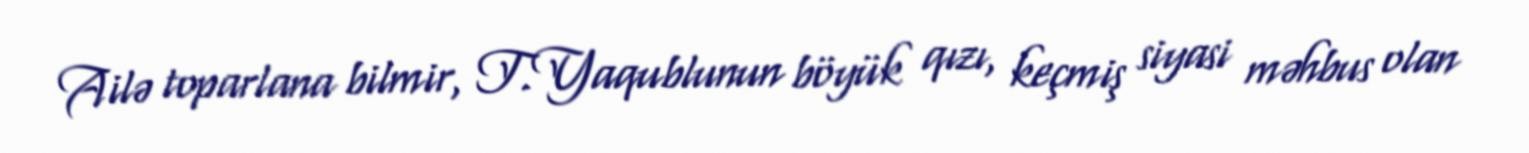
Ailə toparlana bilmir, T.Yaqublunun böyük qızı, keçmiş siyasi məhbus olan